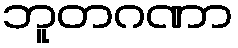
ဘူတဂဏာ